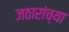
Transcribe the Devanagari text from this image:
जठारांच्या